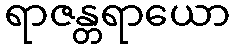
ရာဇန္တရာယော